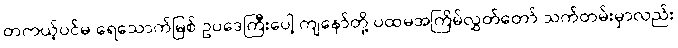
တကယ့်ပင်မ ရေသောက်မြစ် ဥပဒေကြီးပေါ့ ကျနော်တို့ ပထမအကြိမ်လွှတ်တော် သက်တမ်းမှာလည်း